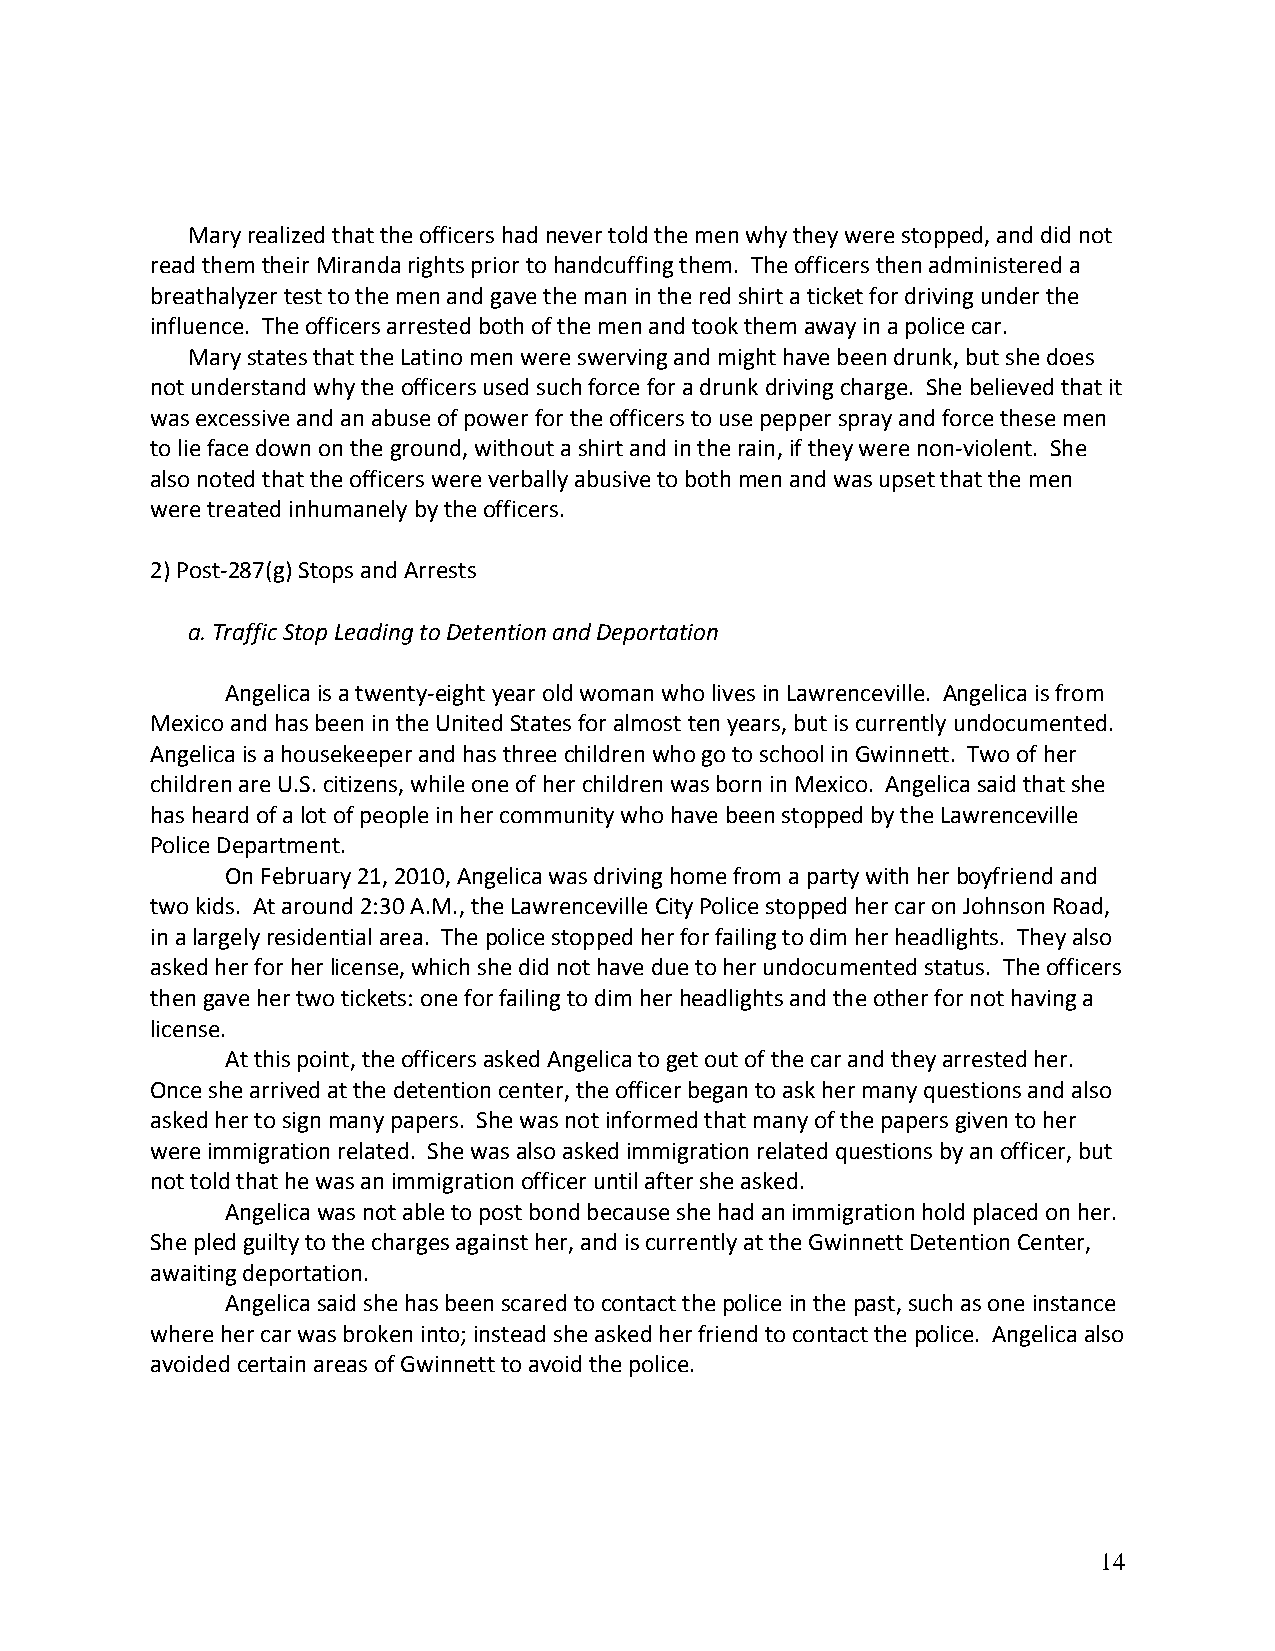
Mary realized that the officers had never told the men why they were stopped, and did not
 read them their Miranda rights prior to handcuffing them. The officers then administered a
 breathalyzer test to the men and gave the man in the red shirt a ticket for driving under the
 influence. The officers arrested both of the men and took them away in a police car.
 Mary states that the Latino men were swerving and might have been drunk, but she does
 not understand why the officers used such force for a drunk driving charge. She believed that it
 was excessive and an abuse of power for the officers to use pepper spray and force these men
 to lie face down on the ground, without a shirt and in the rain, if they were non‐violent. She
 also noted that the officers were verbally abusive to both men and was upset that the men
 were treated inhumanely by the officers.
 2) Post‐287(g) Stops and Arrests
 a. Traffic Stop Leading to Detention and Deportation
 Angelica is a twenty‐eight year old woman who lives in Lawrenceville. Angelica is from
 Mexico and has been in the United States for almost ten years, but is currently undocumented.
 Angelica is a housekeeper and has three children who go to school in Gwinnett. Two of her
 children are U.S. citizens, while one of her children was born in Mexico. Angelica said that she
 has heard of a lot of people in her community who have been stopped by the Lawrenceville
 Police Department.
 On February 21, 2010, Angelica was driving home from a party with her boyfriend and
 two kids. At around 2:30 A.M., the Lawrenceville City Police stopped her car on Johnson Road,
 in a largely residential area. The police stopped her for failing to dim her headlights. They also
 asked her for her license, which she did not have due to her undocumented status. The officers
 then gave her two tickets: one for failing to dim her headlights and the other for not having a
 license.
 At this point, the officers asked Angelica to get out of the car and they arrested her.
 Once she arrived at the detention center, the officer began to ask her many questions and also
 asked her to sign many papers. She was not informed that many of the papers given to her
 were immigration related. She was also asked immigration related questions by an officer, but
 not told that he was an immigration officer until after she asked.
 Angelica was not able to post bond because she had an immigration hold placed on her.
 She pled guilty to the charges against her, and is currently at the Gwinnett Detention Center,
 awaiting deportation.
 Angelica said she has been scared to contact the police in the past, such as one instance
 where her car was broken into; instead she asked her friend to contact the police. Angelica also
 avoided certain areas of Gwinnett to avoid the police.
 14